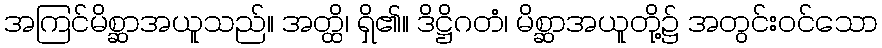
အကြင်မိစ္ဆာအယူသည်။ အတ္ထိ၊ ရှိ၏။ ဒိဋ္ဌိဂတံ၊ မိစ္ဆာအယူတို့၌ အတွင်းဝင်သော